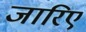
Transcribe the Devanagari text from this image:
जारिए